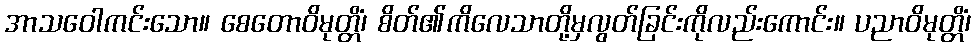
အာသဝေါကင်းသော။ စေတောဝိမုတ္တိံ၊ စိတ်၏ကိလေသာတို့မှလွတ်ခြင်းကိုလည်းကောင်း။ ပညာဝိမုတ္တိံ၊